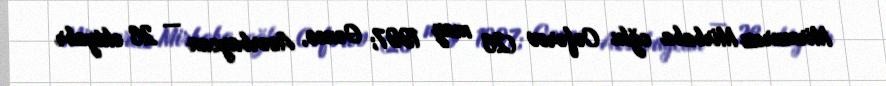
Mirmuraz Mirbaba oğlu Cəfərov (26 may 1997; Gəncə, Azərbaycan — 26 oktyabr